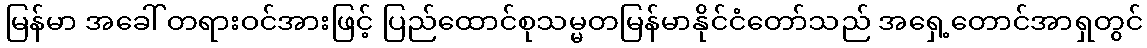
မြန်မာ အခေါ် တရားဝင်အားဖြင့် ပြည်ထောင်စုသမ္မတမြန်မာနိုင်ငံတော်သည် အရှေ့တောင်အာရှတွင်